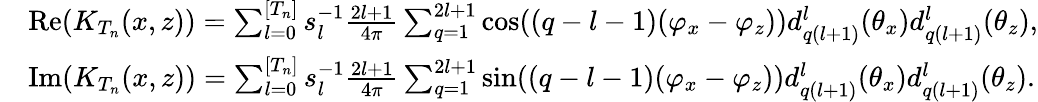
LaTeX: \begin{array}{rl}&{\mathrm{Re}(K_{T_{n}}(x,z))=\sum_{l=0}^{[T_{n}]}s_{l}^{-1}\frac{2l+1}{4\pi}\sum_{q=1}^{2l+1}\cos((q-l-1)(\varphi_{x}-\varphi_{z}))d_{q(l+1)}^{l}(\theta_{x})d_{q(l+1)}^{l}(\theta_{z}),}\\ &{\mathrm{Im}(K_{T_{n}}(x,z))=\sum_{l=0}^{[T_{n}]}s_{l}^{-1}\frac{2l+1}{4\pi}\sum_{q=1}^{2l+1}\sin((q-l-1)(\varphi_{x}-\varphi_{z}))d_{q(l+1)}^{l}(\theta_{x})d_{q(l+1)}^{l}(\theta_{z}).}\end{array}